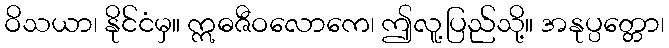
ဝိသယာ၊ နိုင်ငံမှ။ ဣဓဇီဝလောကေ၊ ဤလူ့ပြည်သို့။ အနုပ္ပတ္တော၊